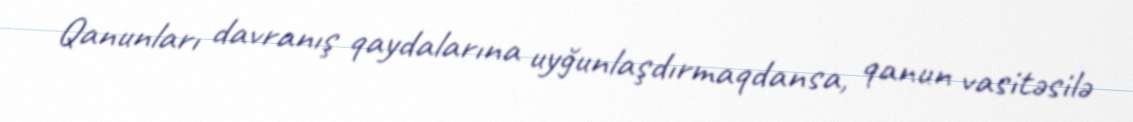
Qanunları davranış qaydalarına uyğunlaşdırmaqdansa, qanun vasitəsilə